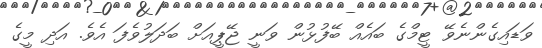
ވަޑައިގެންނެވޭ ޓީމްގެ ބައެއް ބޭފުޅުން ވަނީ ޖޭޕީއަށް ބަދަލުވެފަ އެވެ. އަދި މީގެ